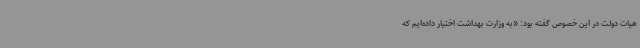
هیات دولت در این خصوص گفته بود: «به وزارت بهداشت اختیار داده‌ایم که